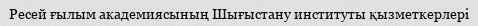
Ресей ғылым академиясының Шығыстану институты қызметкерлері